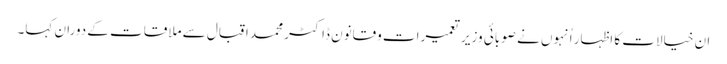
ان خیالات کا اظہار اُنہوں نے صوبائی وزیر تعمیرات وقانون ڈاکٹر محمد اقبال سے ملاقات کے دوران کہا۔